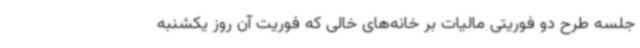
جلسه طرح دو فوریتی مالیات بر خانه‌های خالی که فوریت آن روز یکشنبه